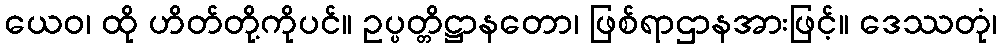
ယေဝ၊ ထို ဟိတ်တို့ကိုပင်။ ဥပ္ပတ္တိဋ္ဌာနတော၊ ဖြစ်ရာဌာနအားဖြင့်။ ဒေဿတုံ၊